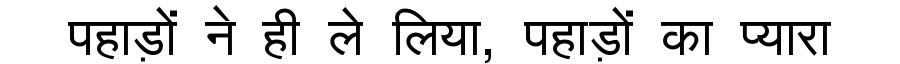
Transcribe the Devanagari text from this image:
पहाड़ों ने ही ले लिया, पहाड़ों का प्यारा